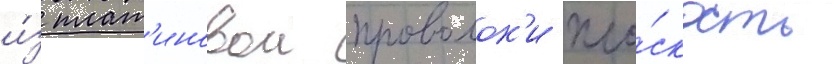
и́з плат'иновои проволок'и пло́скость